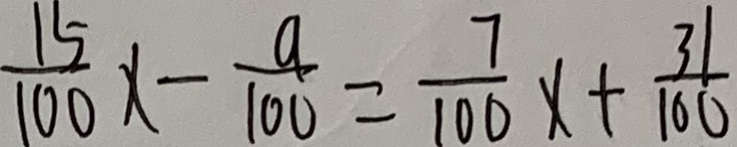
\frac { 1 5 } { 1 0 0 } x - \frac { 9 } { 1 0 0 } = \frac { 7 } { 1 0 0 } x + \frac { 3 1 } { 1 0 0 }